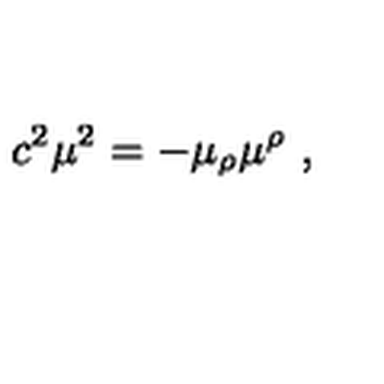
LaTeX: c ^ { 2 } \mu ^ { 2 } = - \mu _ { \rho } \mu ^ { \rho } \ ,